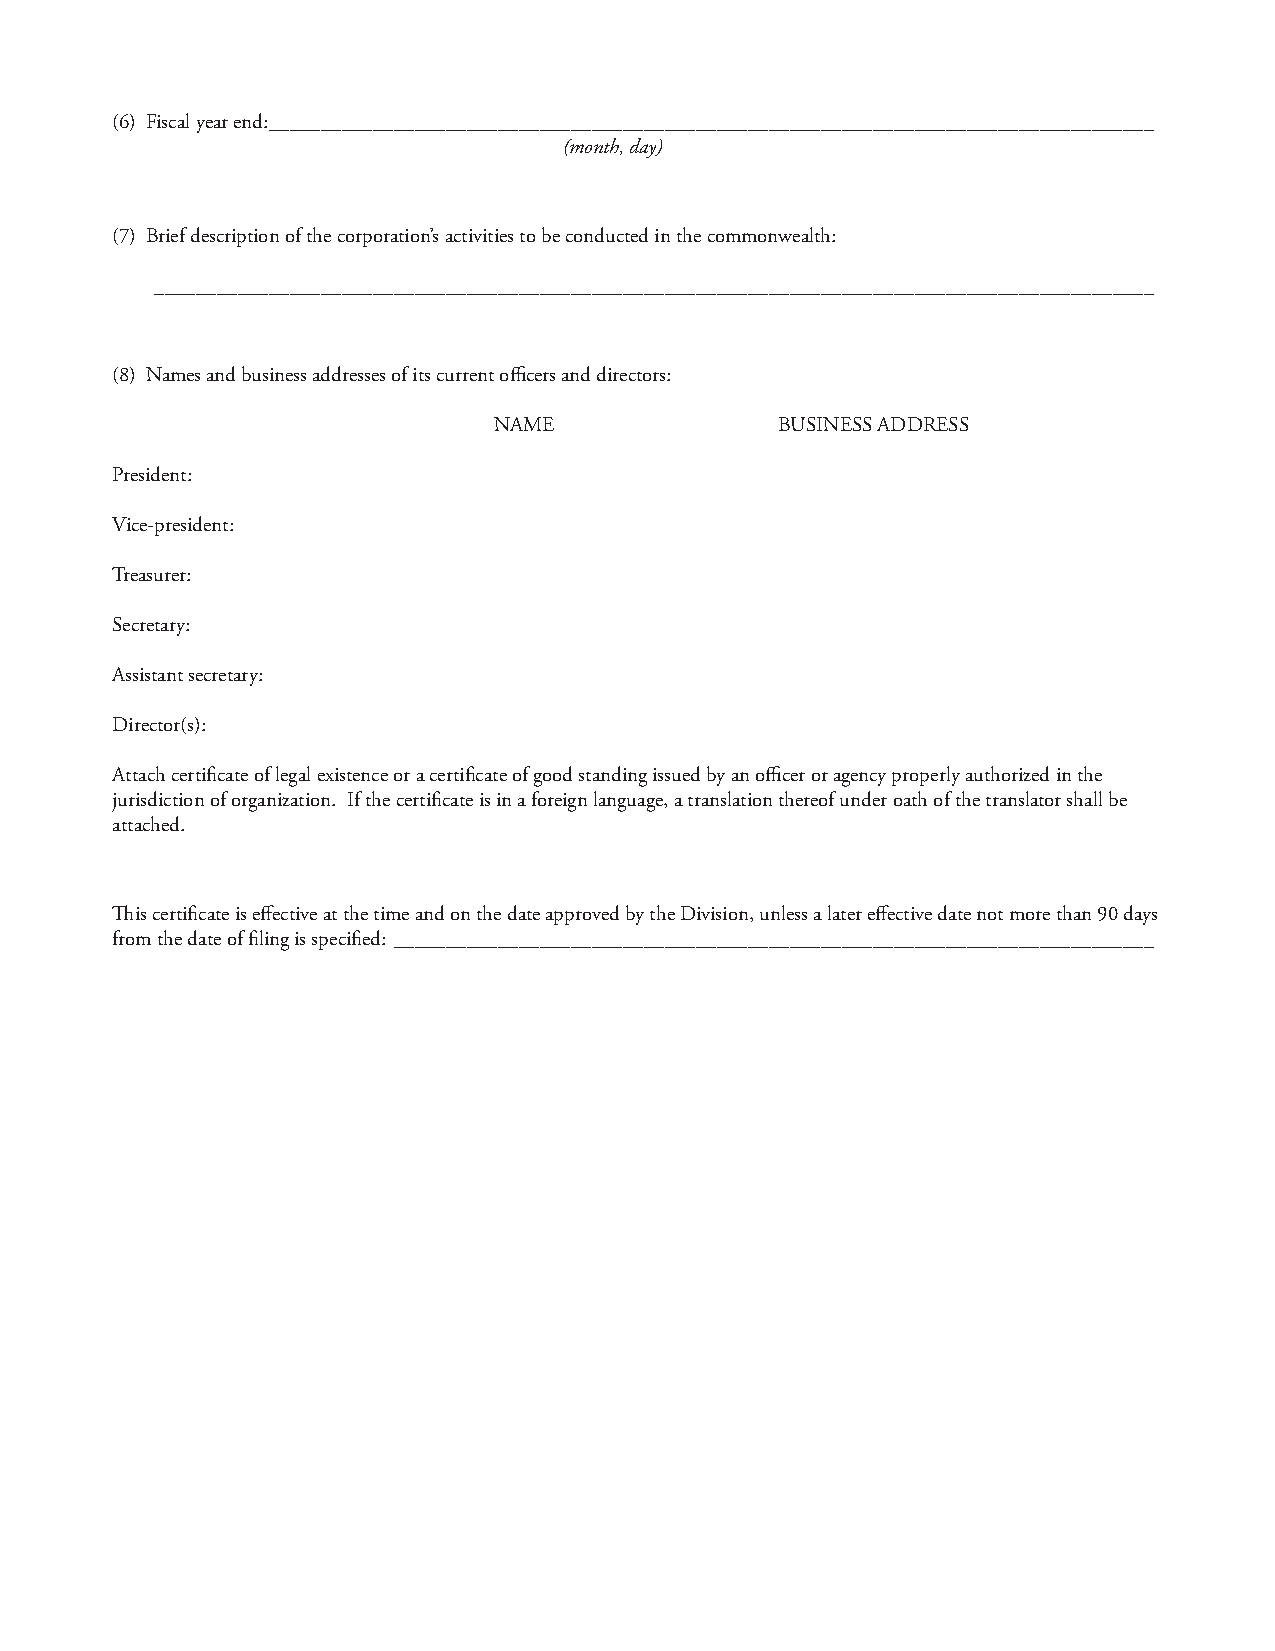
(6) Fiscal year end: _____________________________________________________________________________________
 (month, day)
 (7) Brief description of the corporation’s activities to be conducted in the commonwealth:
 ________________________________________________________________________________________________
 (8) Names and business addresses of its current offi cers and directors:
 NAME               BUSINESS ADDRESS
 President:
 Vice-president:
 Treasurer:
 Secretary:
 Assistant secretary:
 Director(s):
 Attach certifi cate of legal existence or a certifi cate of good standing issued by an offi cer or agency properly authorized in the
 jurisdiction of organization. If the certifi cate is in a foreign language, a translation thereof under oath of the translator shall be
 attached.
 Th is certifi cate is eff ective at the time and on the date approved by the Division, unless a later eff ective date not more than 90 days
 from the date of fi ling is specifi ed: _________________________________________________________________________